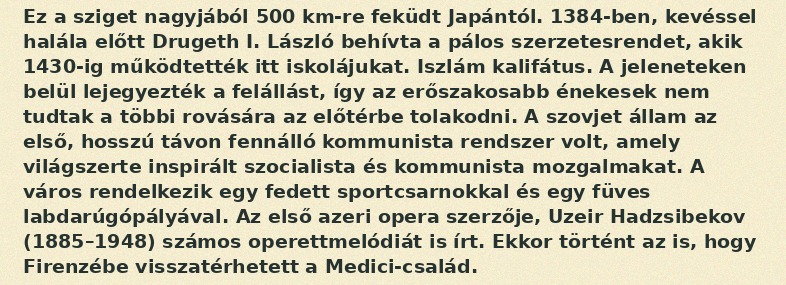
Ez a sziget nagyjából 500 km-re feküdt Japántól. 1384-ben, kevéssel halála előtt Drugeth I. László behívta a pálos szerzetesrendet, akik 1430-ig működtették itt iskolájukat. Iszlám kalifátus. A jeleneteken belül lejegyezték a felállást, így az erőszakosabb énekesek nem tudtak a többi rovására az előtérbe tolakodni. A szovjet állam az első, hosszú távon fennálló kommunista rendszer volt, amely világszerte inspirált szocialista és kommunista mozgalmakat. A város rendelkezik egy fedett sportcsarnokkal és egy füves labdarúgópályával. Az első azeri opera szerzője, Uzeir Hadzsibekov (1885–1948) számos operettmelódiát is írt. Ekkor történt az is, hogy Firenzébe visszatérhetett a Medici-család.